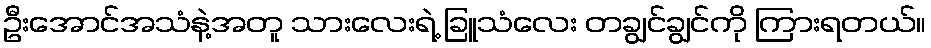
ဦးအောင်အသံနဲ့အတူ သားလေးရဲ့ ခြူသံလေး တချွင်ချွင်ကို ကြားရတယ်။